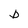
Character: D